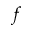
f